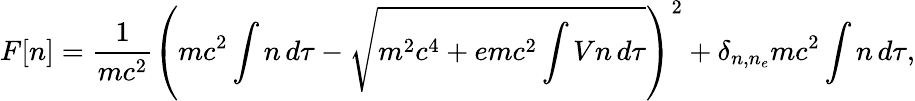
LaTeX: F[n]={\frac{1}{mc^{2}}}\left(mc^{2}\int n\, d\tau-{\sqrt{m^{2}c^{4}+emc^{2}\int Vn\, d\tau}}\right)^{2}+\delta_{n,n_{e}}mc^{2}\int n\, d\tau,